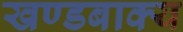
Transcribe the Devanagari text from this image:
खण्डबाक्य